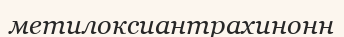
метилоксиантрахинонн